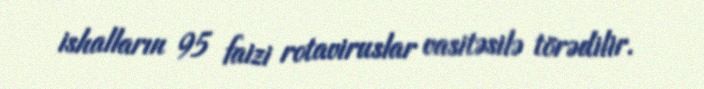
ishalların 95 faizi rotaviruslar vasitəsilə törədilir.